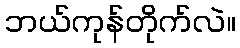
ဘယ်ကုန်တိုက်လဲ။